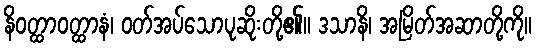
နိဝတ္ထာဝတ္ထာနံ၊ ဝတ်အပ်သောပုဆိုးတို့၏။ ဒသာနိ၊ အမြိတ်အဆာတို့ကို။